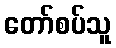
တော်စပ်သူ